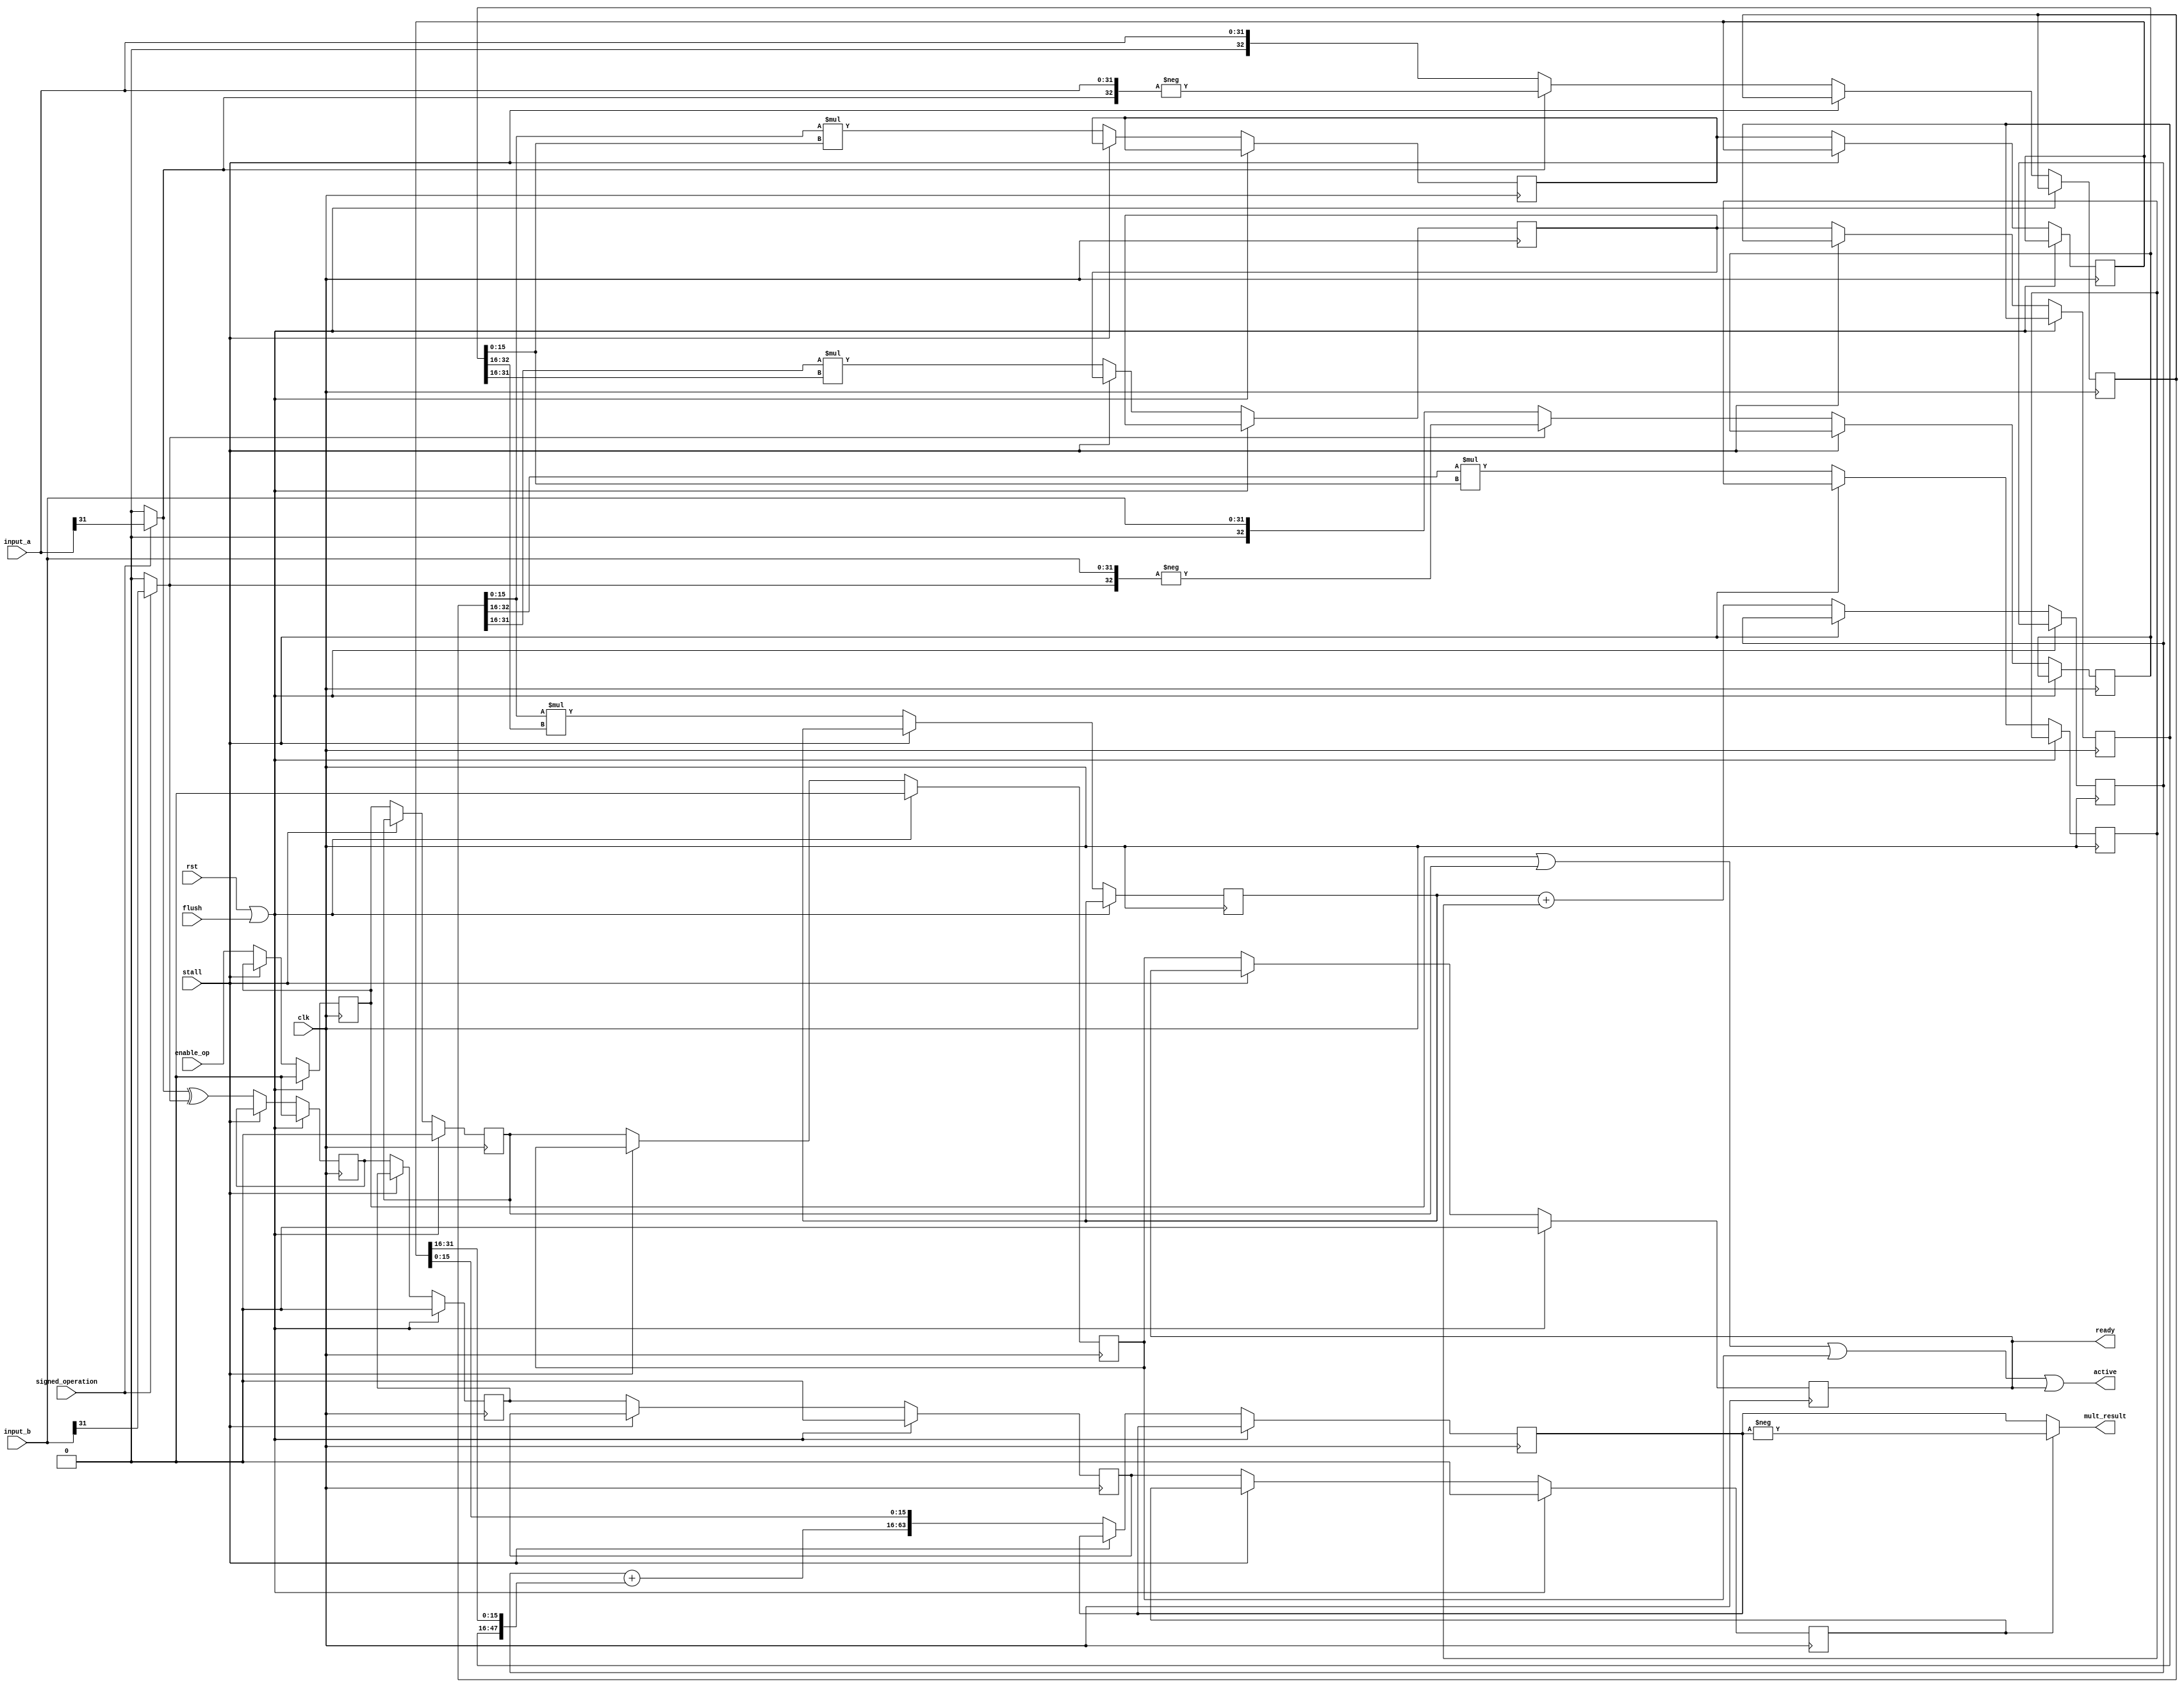
module musb_multiplier(
    input               clk,                // clock
    input               rst,                // reset
    input       [31:0]  input_a,            // Data
    input       [31:0]  input_b,            // Data
    input               signed_operation,   // Unsigned (0) or signed operation (1)
    input               enable_op,          // Signal a valid operation
    input               stall,              // Freeze the pipeline
    input               flush,              // Flush the pipeline
    output      [63:0]  mult_result,        // Result
    output              active,             // Active operations @ pipeline
    output              ready               // Valid data on output port (result)
    );

    //--------------------------------------------------------------------------
    // Signal Declaration: reg
    //--------------------------------------------------------------------------
    reg [32:0]  A;
    reg [32:0]  B;
    reg [31:0]  result_ll_0;
    reg [31:0]  result_lh_0;
    reg [31:0]  result_hl_0;
    reg [31:0]  result_hh_0;        // keep only 32 bits (ISE Warning)
    reg [31:0]  result_ll_1;
    reg [31:0]  result_hh_1;        // keep only 32 bits (ISE Warning)
    reg [32:0]  result_mid_1;
    reg [63:0]  result_mult;

    reg         active0;            // Pipeline the enable signal, so HDU can know if a valid operation is in the pipeline
    reg         active1;
    reg         active2;
    reg         active3;
    reg         sign_result0;
    reg         sign_result1;
    reg         sign_result2;
    reg         sign_result3;


    ///-------------------------------------------------------------------------
    // Signal Declaration: wire
    //--------------------------------------------------------------------------
    wire        sign_a;
    wire        sign_b;
    wire [47:0] partial_sum;
    wire [32:0] a_sign_ext;
    wire [32:0] b_sign_ext;

    //--------------------------------------------------------------------------
    // assignments
    //--------------------------------------------------------------------------
    assign sign_a      = (signed_operation) ? input_a[31] : 1'b0;
    assign sign_b      = (signed_operation) ? input_b[31] : 1'b0;
    assign a_sign_ext  = {sign_a, input_a};
    assign b_sign_ext  = {sign_b, input_b};
    assign partial_sum = {15'b0, result_mid_1} + {result_hh_1[31:0], result_ll_1[31:16]};
    assign mult_result = sign_result3 ? -result_mult : result_mult;                         // Set true sign.
    assign ready       = active3;
    assign active      = active0 | active1 | active2 | active3;                             // 4th stage holds the result

    //--------------------------------------------------------------------------
    // Implement the pipeline
    //--------------------------------------------------------------------------
    always @(posedge clk ) begin
        if (rst | flush) begin
            active0      <= 1'b0;
            active1      <= 1'b0;
            active2      <= 1'b0;
            active3      <= 1'b0;
            sign_result0 <= 1'b0;
            sign_result1 <= 1'b0;
            sign_result2 <= 1'b0;
            sign_result3 <= 1'b0;
        end
        else if(~stall) begin
            // --- first stage
            // Change sign. Perform unsigned multiplication. Save the result sign.
            A            <= sign_a ? -a_sign_ext : a_sign_ext;
            B            <= sign_b ? -b_sign_ext : b_sign_ext;
            sign_result0 <= sign_a ^ sign_b;
            active0      <= enable_op;
            // --- second stage
            result_ll_0  <= A[15:0]  *  B[15:0];       // 16 x 16
            result_lh_0  <= A[15:0]  *  B[32:16];      // 16 x 17
            result_hl_0  <= A[32:16] *  B[15:0];       // 17 x 16
            result_hh_0  <= A[31:16] *  B[31:16];      // 16 x 16
            sign_result1 <= sign_result0;
            active1      <= active0;
            // --- third stage
            result_ll_1  <= result_ll_0;
            result_hh_1  <= result_hh_0;
            result_mid_1 <= result_lh_0 + result_hl_0;      // sum mid
            sign_result2 <= sign_result1;
            active2      <= active1;
            // -- fourth stage
            result_mult  <= {partial_sum, result_ll_1[15:0]};
            sign_result3 <= sign_result2;
            active3      <= active2;
        end
    end
endmodule